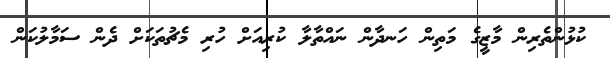
ކުޅުންތެރިން މާޒީގެ މަތިން ހަނދާން ނައްތާލާ ކުރިއަށް ހުރި މެޗުތަކަށް ދެން ސަމާލުކަން